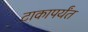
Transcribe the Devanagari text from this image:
टाकापर्यंत